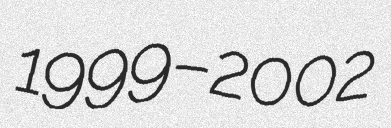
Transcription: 1999–2002